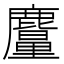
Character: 𪋠